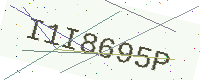
Text: I1I8695P